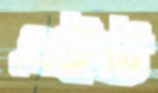
এইট